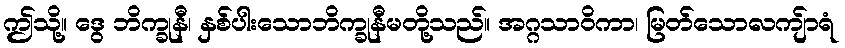
ဤသို့။ ဒွေ ဘိက္ခုနီ၊ နှစ်ပါးသောဘိက္ခုနီမတို့သည်။ အဂ္ဂသာဝိကာ၊ မြတ်သောလကျ်ာရံ